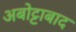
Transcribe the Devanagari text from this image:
अबोट्टाबाद